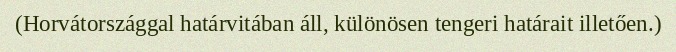
(Horvátországgal határvitában áll, különösen tengeri határait illetően.)